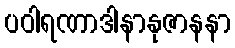
ပဝါရဏာဒါနာနုဇာနနာ